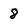
Character: 8